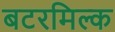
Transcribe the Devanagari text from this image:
बटरमिल्क